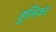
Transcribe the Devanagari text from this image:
तुलिका